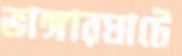
ভাঙ্গারঘাটে